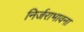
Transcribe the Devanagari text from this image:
निर्जराभावना